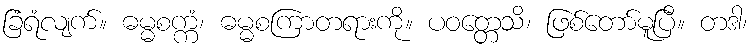
ခြံရံလျက်။ ဓမ္မစက္ကံ၊ ဓမ္မစကြာတရားကို။ ပဝတ္တေသိ၊ ဖြစ်တော်မူပြီ။ တဒါ၊